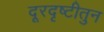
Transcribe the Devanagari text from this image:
दूरदृष्टीतुन